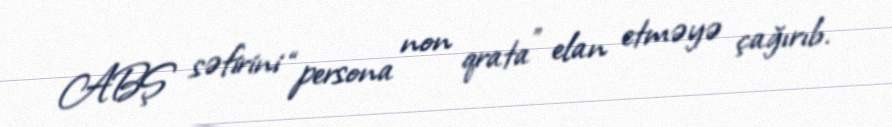
ABŞ səfirini “persona non qrata” elan etməyə çağırıb.